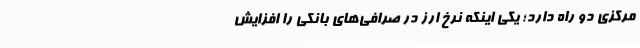
مرکزی دو راه دارد؛ یکی اینکه نرخ ارز در صرافی‌های بانکی را افزایش